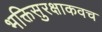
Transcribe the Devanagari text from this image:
भक्तिसुरक्षाकवच